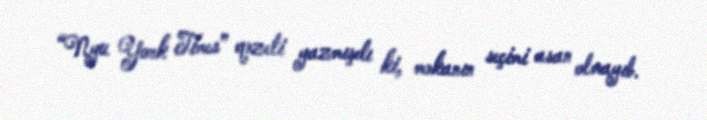
“Nyu York Times” qəzeti yazmışdı ki, məkanın seçimi asan olmayıb.